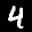
Label: 4